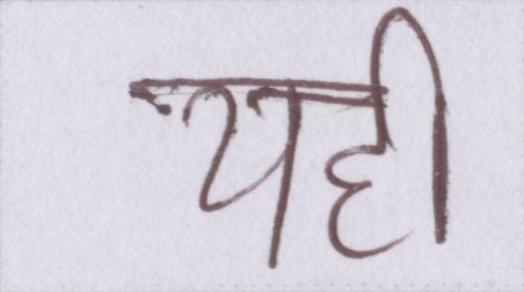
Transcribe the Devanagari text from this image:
यही